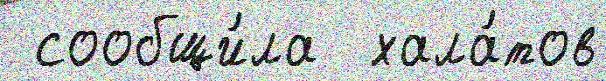
 сообщи́ла  хала́тов